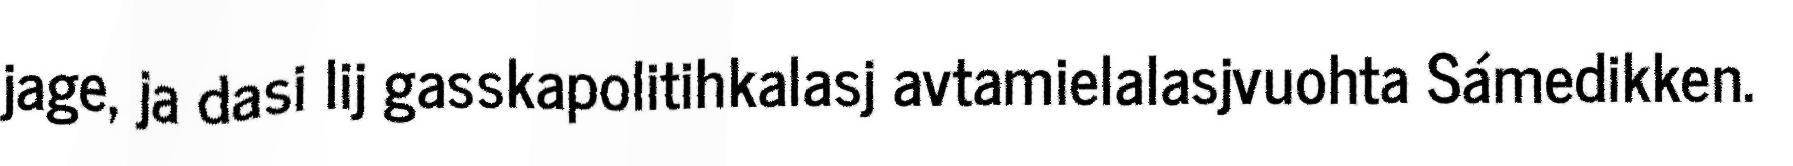
jage, ja dasi lij gasskapolitihkalasj avtamielalasjvuohta Sámedikken.